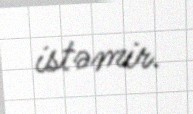
istəmir.